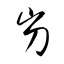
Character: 屶